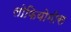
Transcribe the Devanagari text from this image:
लोफियोमीस